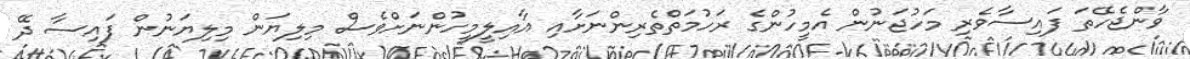
ވާންޖެހޭތަ ފައިސާވެރި މަހުޖަނުން އެމީހުންގެ ރަހުމަތްތެރިންނަށާއި އާއިލީމީހުންނަށްވެސް މިލިޔަން މިލިޔަނުން ފައިސާ ދޭ